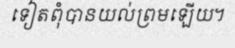
ទៀតពុំបានយល់ព្រមឡើយ។